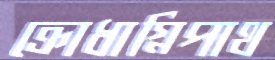
ক্রোধাগ্নিপাথ